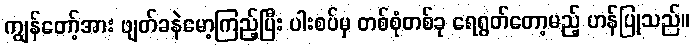
ကျွန်တော့်အား ဖျတ်ခနဲမော့ကြည့်ပြီး ပါးစပ်မှ တစ်စုံတစ်ခု ရေရွတ်တော့မည့် ဟန်ပြုသည်။